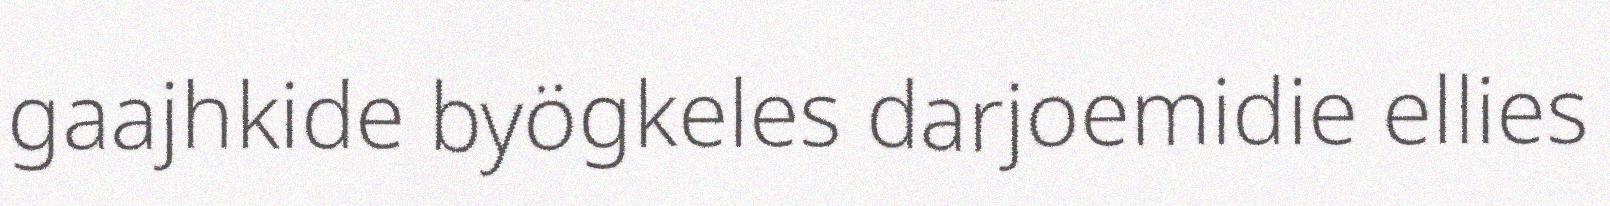
gaajhkide byögkeles darjoemidie ellies